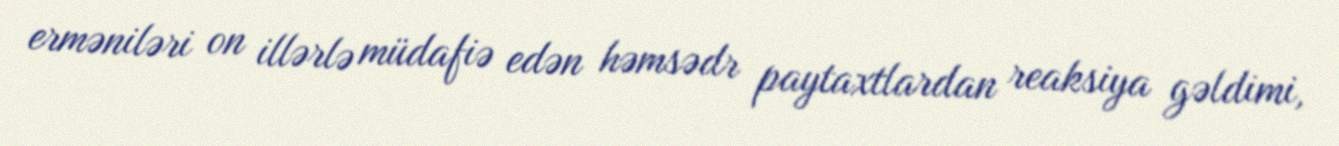
erməniləri on illərlə müdafiə edən həmsədr paytaxtlardan reaksiya gəldimi,